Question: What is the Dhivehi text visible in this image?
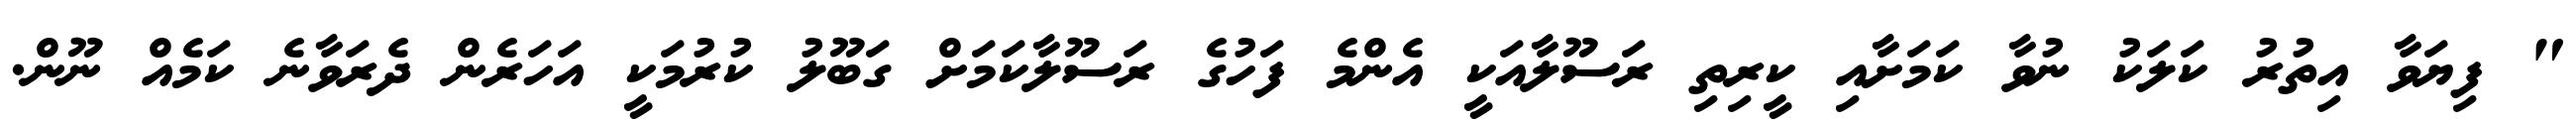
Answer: " ފިޔަވާ އިތުރު ކަލަކު ނުވާ ކަމަށާއި ކީރިތި ރަސޫލާއަކީ އެންމެ ފަހުގެ ރަސޫލާކަމަށް ގަބޫލު ކުރުމަކީ އަހަރެން ދެރަވާނެ ކަމެއް ނޫން.